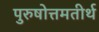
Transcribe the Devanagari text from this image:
पुरुषोत्तमतीर्थ